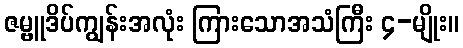
ဇမ္ဗူဒိပ်ကျွန်းအလုံး ကြားသောအသံကြီး ၄-မျိုး။